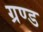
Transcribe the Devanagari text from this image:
ग्रण्ड